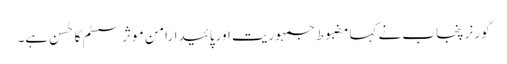
گورنر پنجاب نے کہامضبوط جمہوریت اورپائیداراًمن موثر سسٹم کا حُسن ہے۔